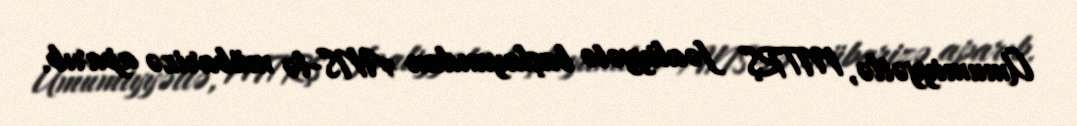
Ümumiyyətlə, MTRŞ fəaliyyətə başlayandan ANS-lə mübarizə aparıb.